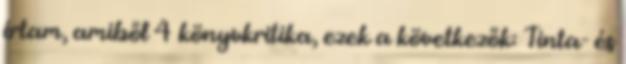
írtam, amiből 4 könyvkritika, ezek a következők: Tinta- és